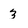
Character: 3